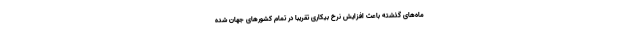
ماه‌های گذشته باعث افزایش نرخ بیکاری تقریبا در تمام کشورهای جهان شده